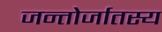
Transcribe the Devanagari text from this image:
जन्तोर्जातस्य